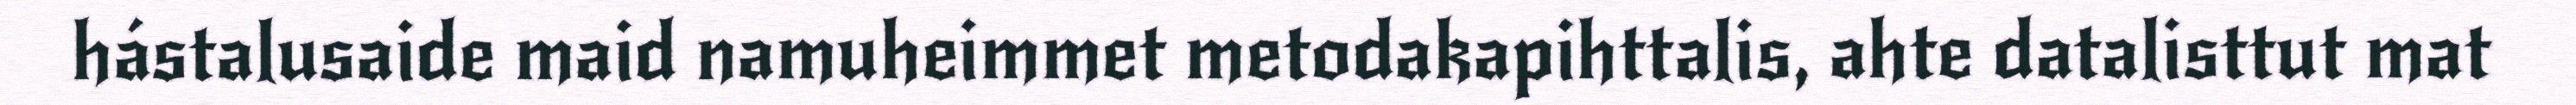
hástalusaide maid namuheimmet metodakapihttalis, ahte datalisttut mat